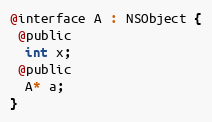
Language: C
@interface A : NSObject {
 @public
  int x;
 @public
  A* a;
}